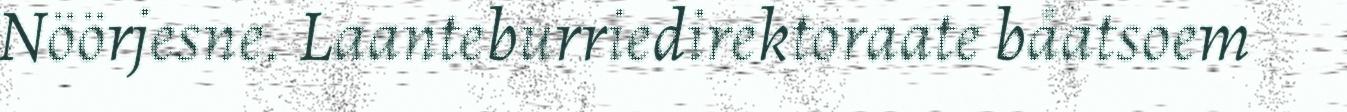
Nöörjesne. Laanteburriedirektoraate båatsoem